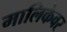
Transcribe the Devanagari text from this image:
मालिकेवर